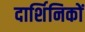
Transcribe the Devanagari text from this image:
दार्शिनिकों